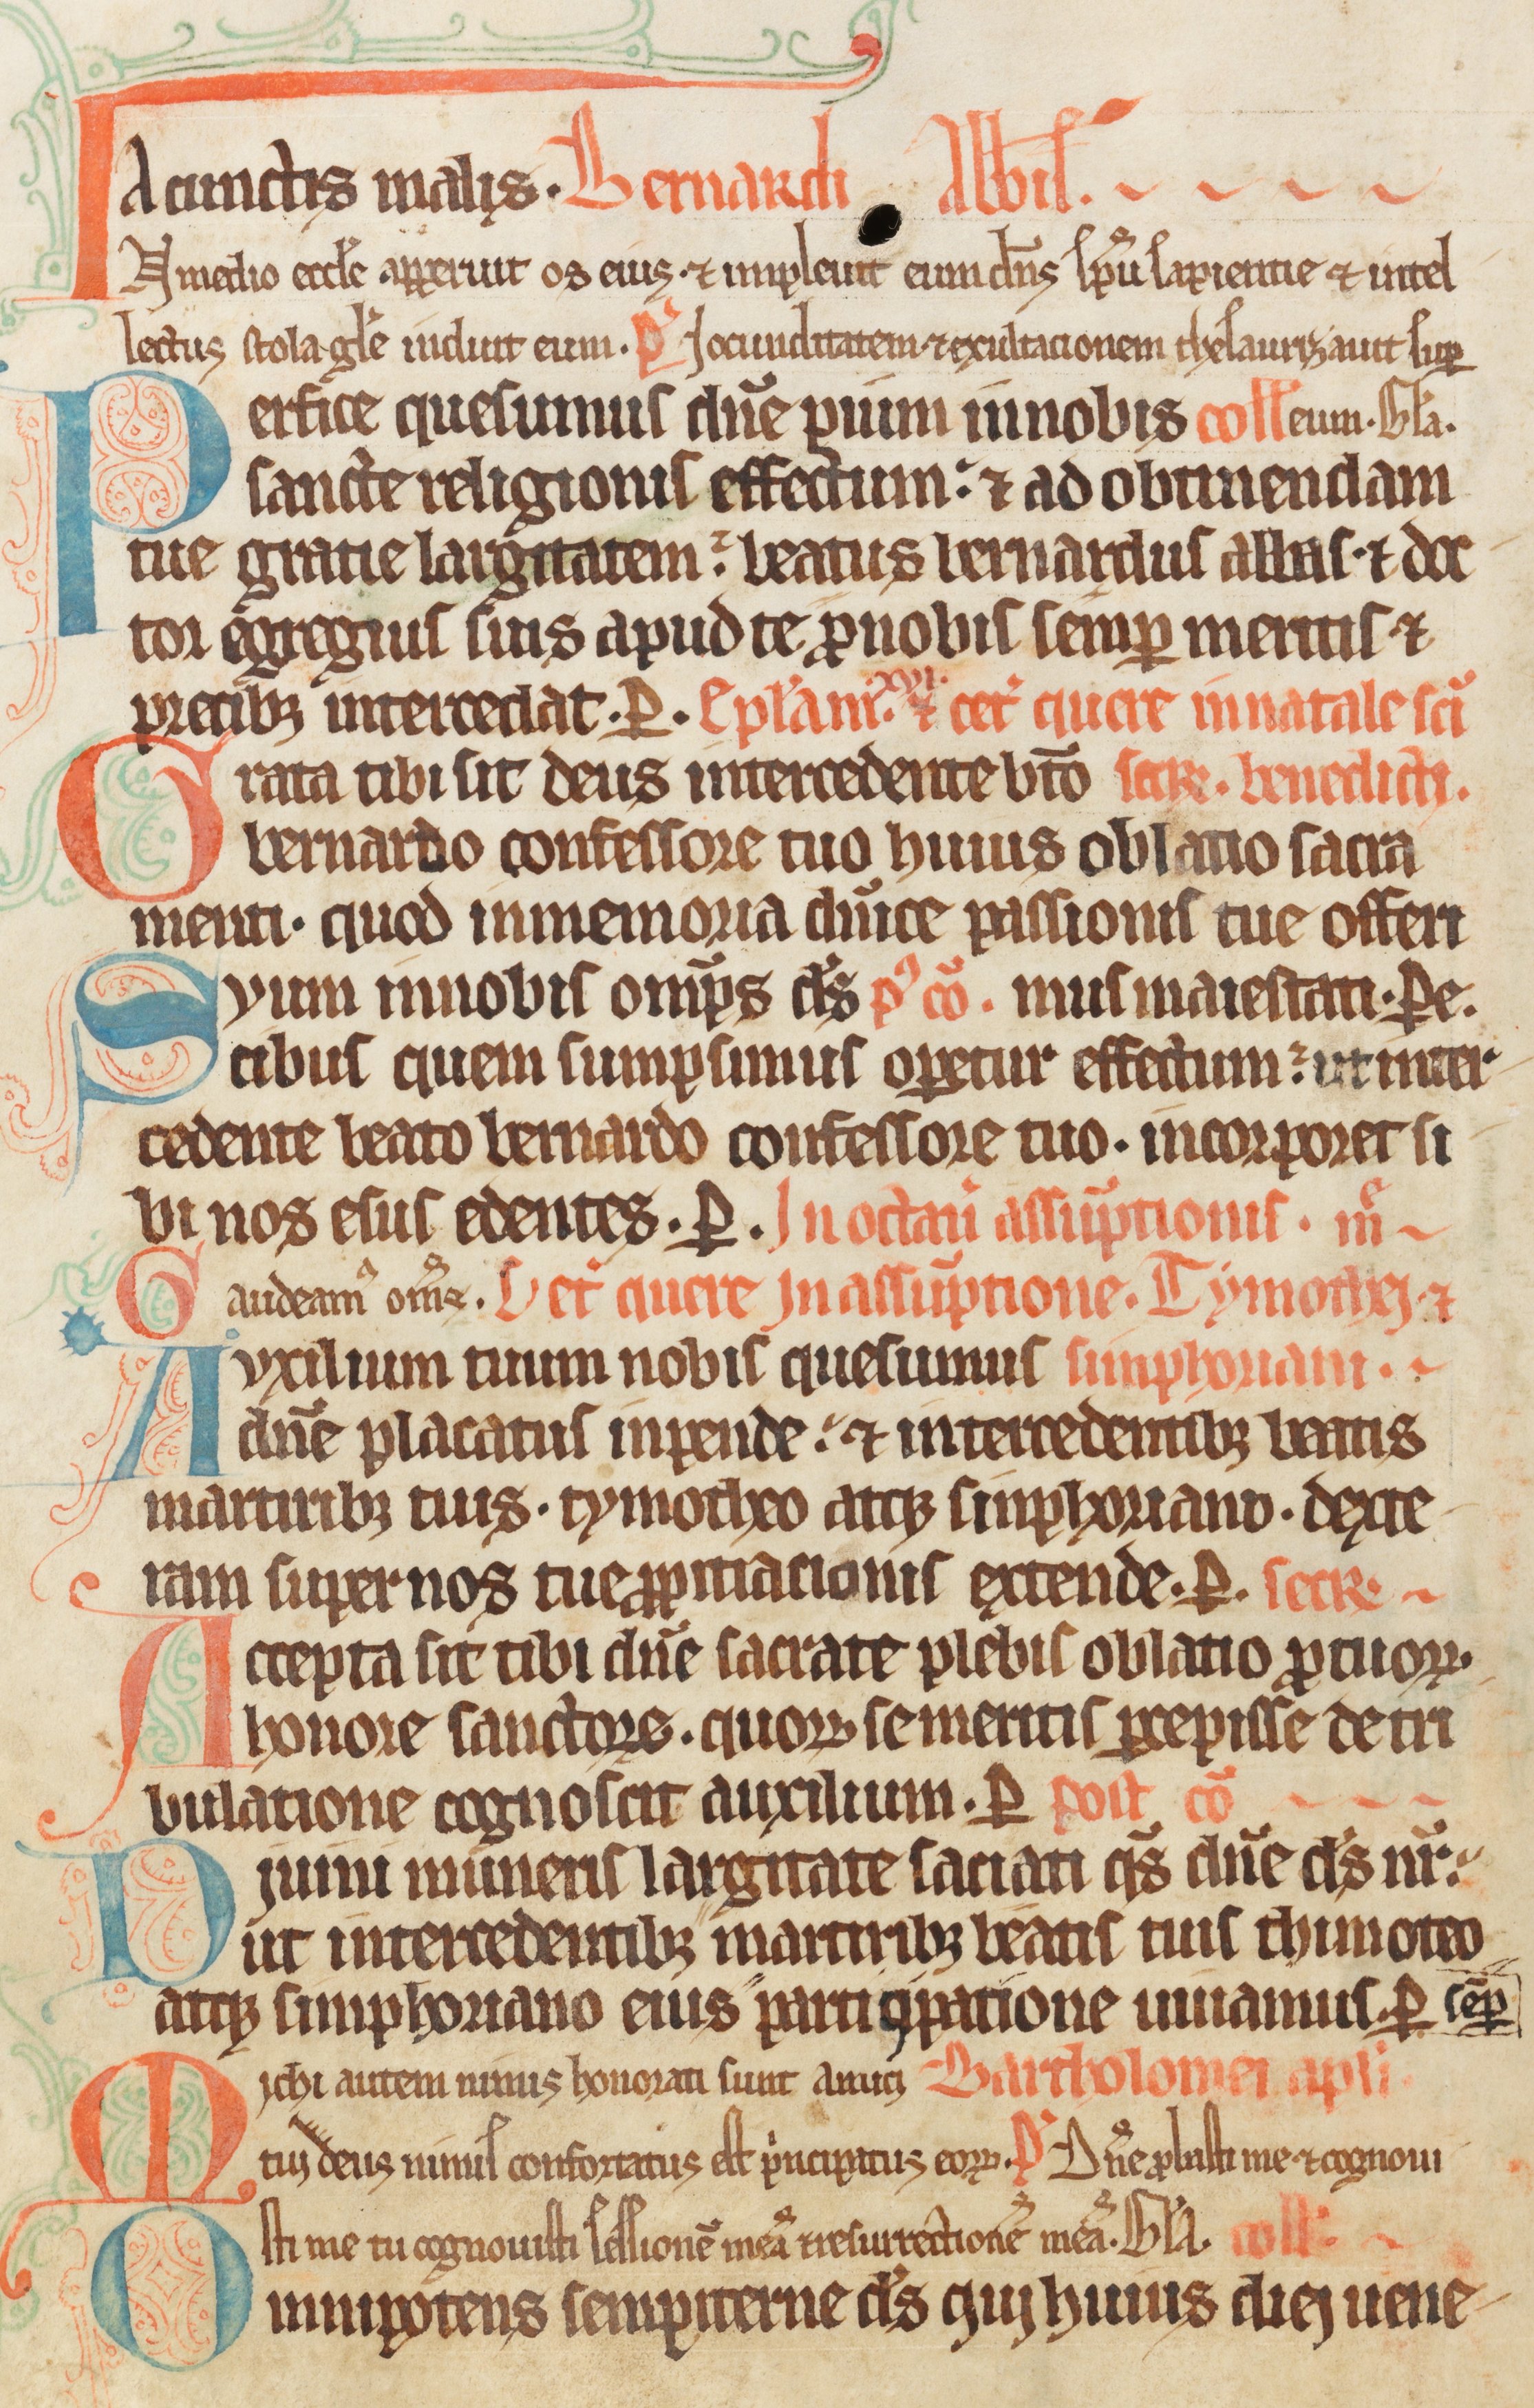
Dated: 1285–1315